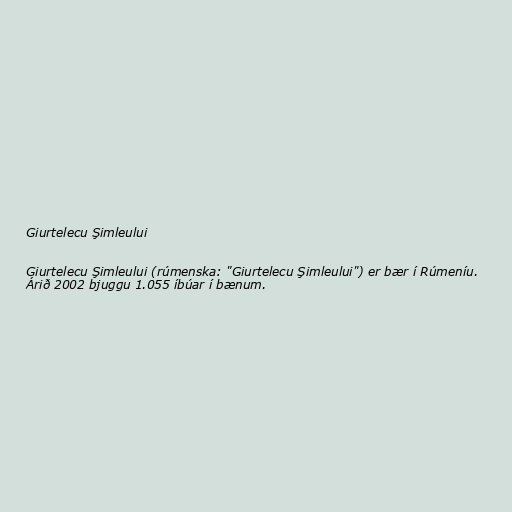
Giurtelecu Şimleului

Giurtelecu Şimleului (rúmenska: "Giurtelecu Şimleului") er bær í Rúmeníu.
Árið 2002 bjuggu 1.055 íbúar í bænum.